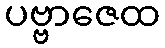
ပဗ္ဗာဇေထ